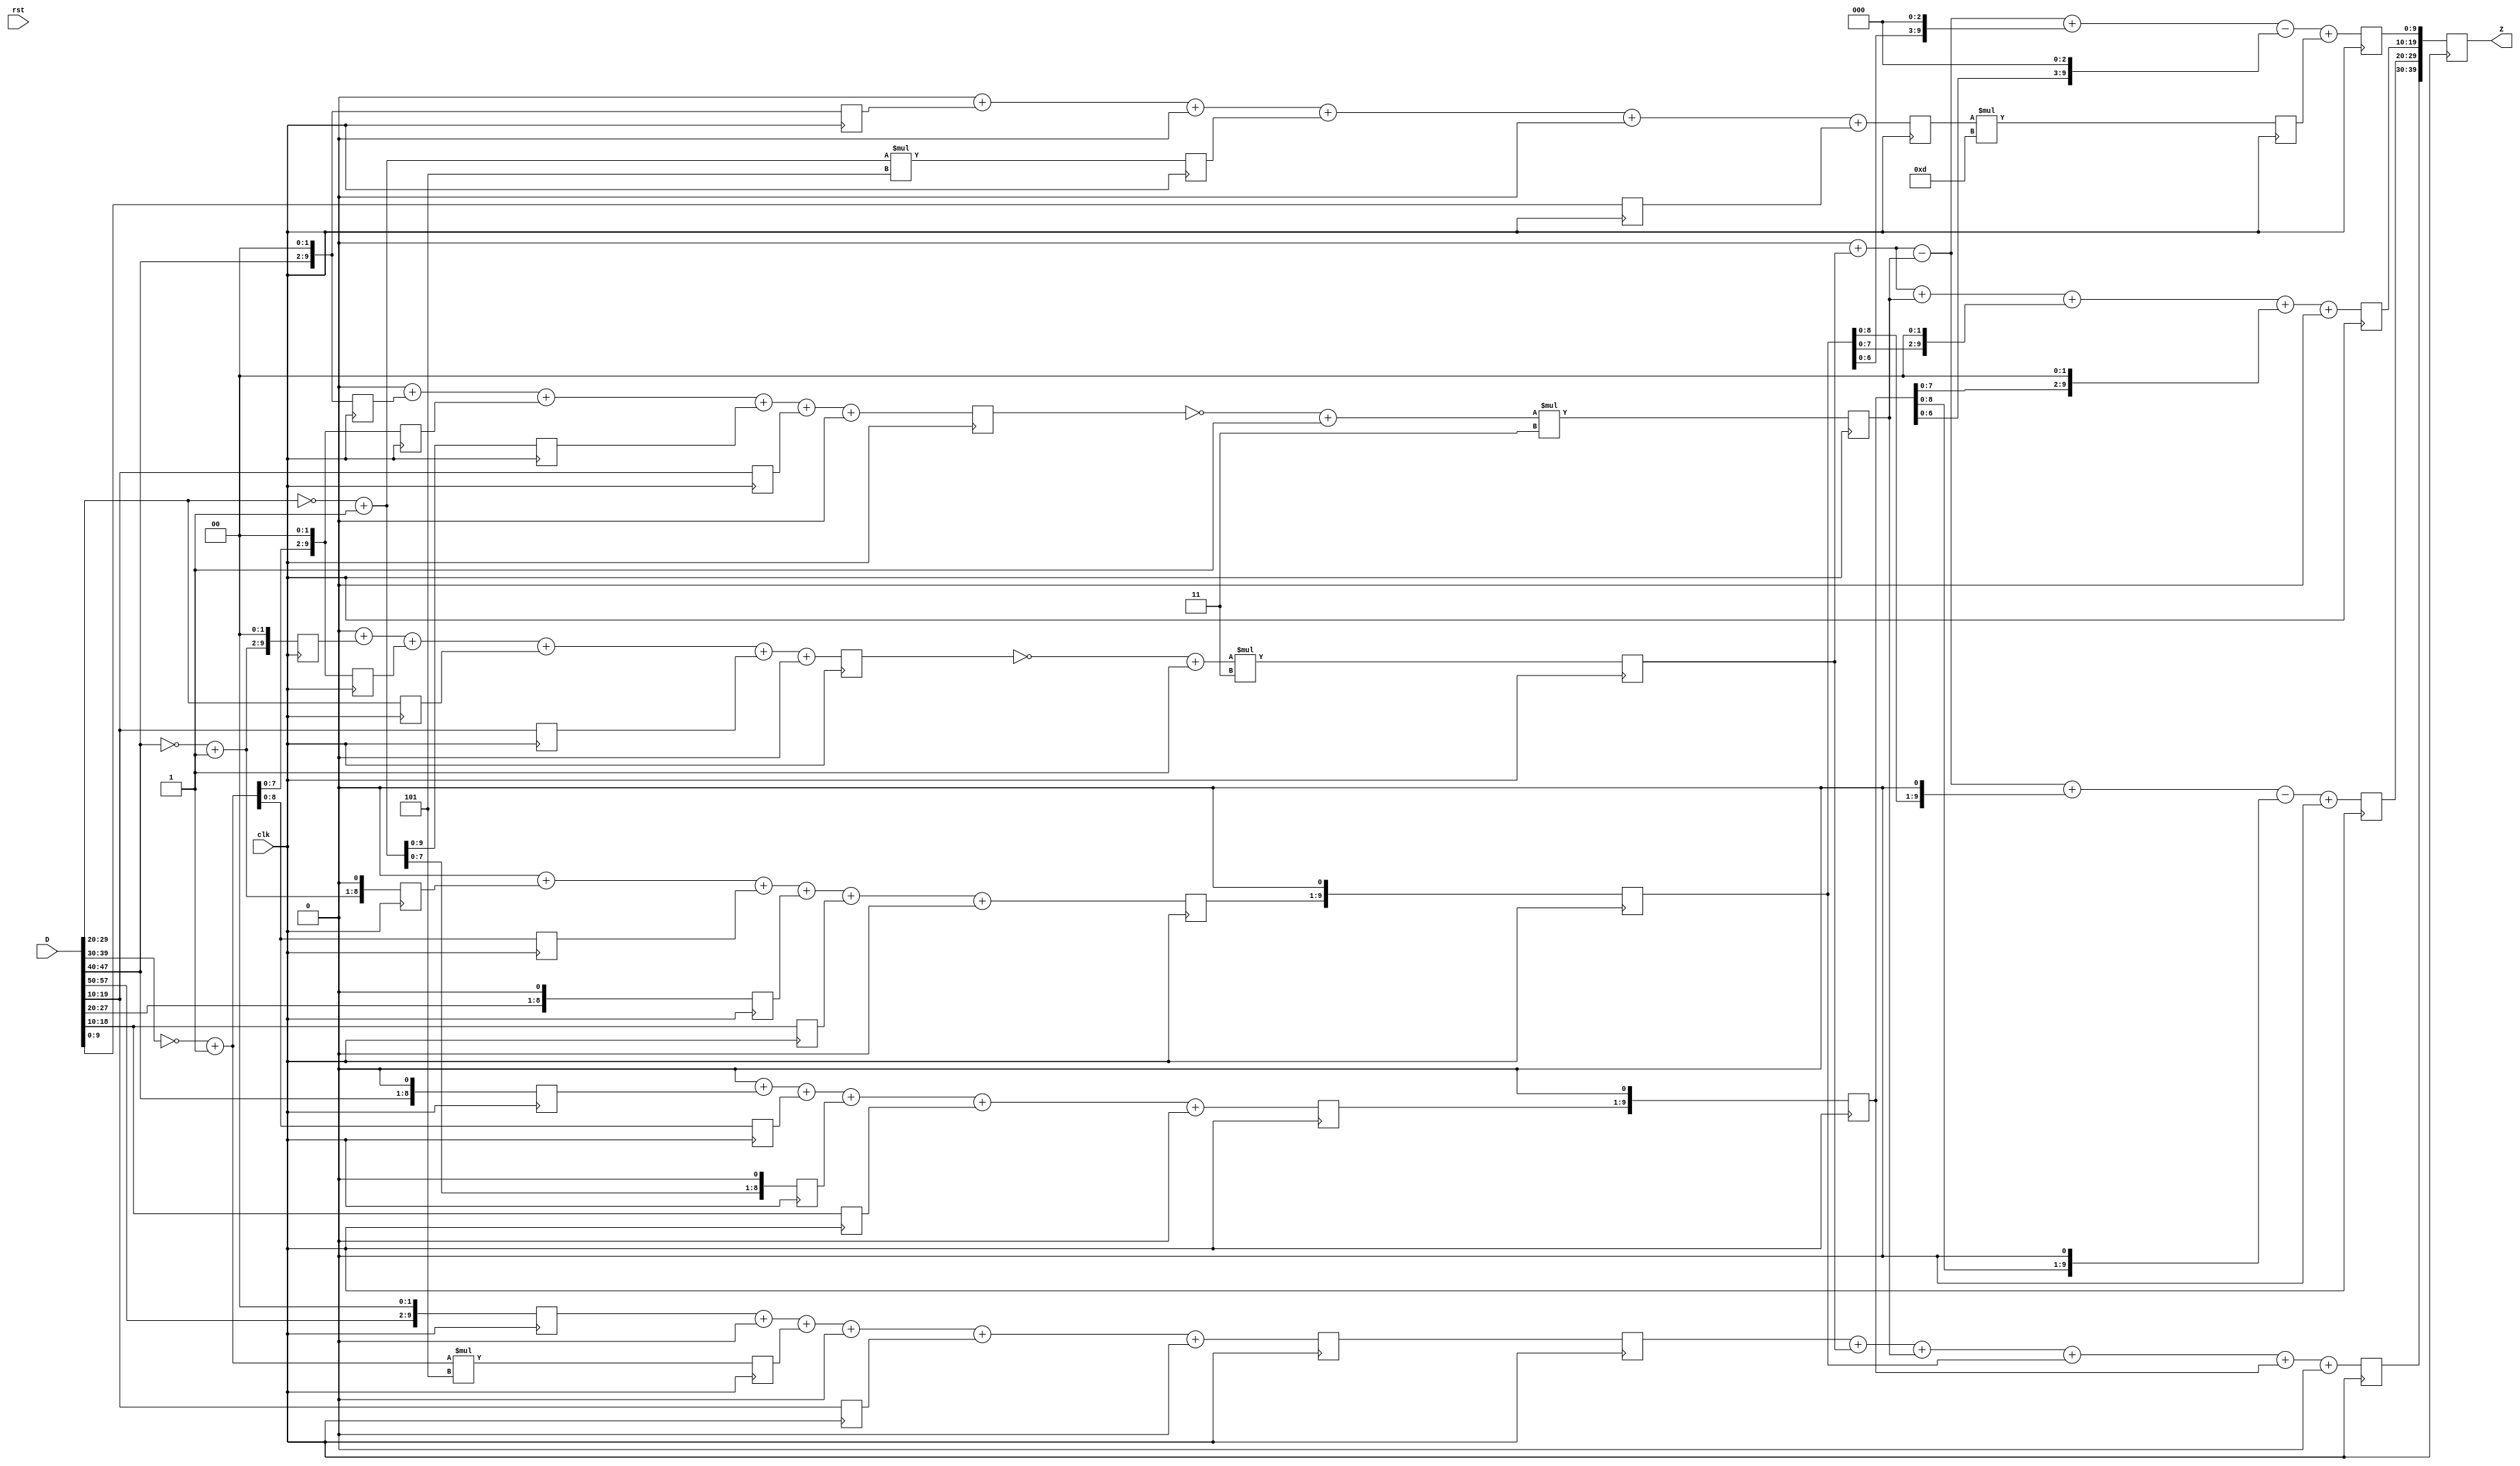
// WC_4_3.v generated by WCSyn.py
`timescale 1ns / 1ps
module wc(D, clk, rst, Z);
input  [10*6-1:0] D;
input  clk, rst;
output reg [10*4-1:0] Z;

	reg [9:0] input_t [0:5];
	reg [9:0] d [0:35];
	reg [9:0] MUL [0:5];
	reg [9:0] output_t [0:3];

	always@(posedge clk)begin

		//input_transform
		d[35] <= (D[9:0]);
		d[34] <= 0;
		d[33] <= (~D[29:20] + 1) * 5;
		d[32] <= 0;
		d[31] <= (D[49:40]) <<< 2;
		d[30] <= 0;
		d[29] <= 0;
		d[28] <= (D[19:10]);
		d[27] <= (~D[29:20] + 1) <<< 1;
		d[26] <= (~D[39:30] + 1);
		d[25] <= (D[49:40]) <<< 1;
		d[24] <= 0;
		d[23] <= 0;
		d[22] <= (D[19:10]);
		d[21] <= (D[29:20]) <<< 1;
		d[20] <= (~D[39:30] + 1);
		d[19] <= (~D[49:40] + 1) <<< 1;
		d[18] <= 0;
		d[17] <= 0;
		d[16] <= (D[19:10]);
		d[15] <= (~D[29:20] + 1);
		d[14] <= (~D[39:30] + 1) <<< 2;
		d[13] <= (D[49:40]) <<< 2;
		d[12] <= 0;
		d[11] <= 0;
		d[10] <= (D[19:10]);
		d[9] <= (D[29:20]);
		d[8] <= (~D[39:30] + 1) <<< 2;
		d[7] <= (~D[49:40] + 1) <<< 2;
		d[6] <= 0;
		d[5] <= 0;
		d[4] <= (D[19:10]);
		d[3] <= 0;
		d[2] <= (~D[39:30] + 1) * 5;
		d[1] <= 0;
		d[0] <= (D[59:50]) <<< 2;

		input_t[0] <= (d[0]) + 0 +  (d[2]) + 0 +  (d[4]) + 0;
		input_t[1] <=0 +  (d[7]) +  (d[8]) +  (d[9]) +  (d[10]) + 0;
		input_t[2] <=0 +  (d[13]) +  (d[14]) +  (d[15]) +  (d[16]) + 0;
		input_t[3] <=0 +  (d[19]) +  (d[20]) +  (d[21]) +  (d[22]) + 0;
		input_t[4] <=0 +  (d[25]) +  (d[26]) +  (d[27]) +  (d[28]) + 0;
		input_t[5] <=0 +  (d[31]) + 0 +  (d[33]) + 0 +  (d[35]);

		//G*g
		MUL[0] <= (input_t[0]);
		MUL[1] <= (~input_t[1] + 1)*3;
		MUL[2] <= (~input_t[2] + 1)*3;
		MUL[3] <= (input_t[3]) <<< 1;
		MUL[4] <= (input_t[4]) <<< 1;
		MUL[5] <= (input_t[5])*13;

		output_t[0] <= (MUL[0]) + (MUL[1]) + (MUL[2]) + (MUL[3]) + (MUL[4]) + 0;
		output_t[1] <=  0 + (MUL[1]) - (MUL[2]) + (MUL[3] <<< 1) - (MUL[4] <<< 1) + 0;
		output_t[2] <=  0 + (MUL[1]) + (MUL[2]) + (MUL[3] <<< 2) + (MUL[4] <<< 2) + 0;
		output_t[3] <=  0 + (MUL[1]) - (MUL[2]) + (MUL[3] <<< 3) - (MUL[4] <<< 3) +  (MUL[5]);

		Z[39:30] <= output_t[0];
		Z[29:20] <= output_t[1];
		Z[19:10] <= output_t[2];
		Z[9:0] <= output_t[3];

	end
endmodule